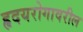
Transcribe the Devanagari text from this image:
हृदयरोगावरील